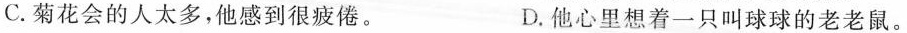
C.菊花会的人太多，他感到很疲倦。 D.他心里想着一只叫球球的老老鼠。